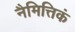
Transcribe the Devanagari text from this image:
नैमित्तिकं